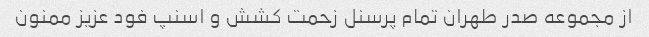
از مجموعه صدر طهران تمام پرسنل زحمت کشش و اسنپ فود عزیز ممنون